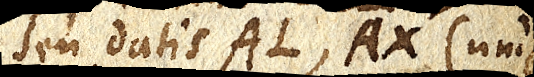
seu datis AL, AX (unde